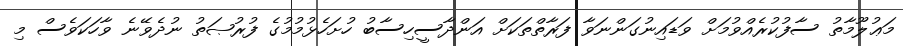
މަޢުލޫމާތު ސާފުކުރެއްވުމަށް ވަޑައިނުގަންނަވާ ފަރާތްތަކަށް އަންދާސީހިސާބު ހުށަހެޅުމުމުގެ ފުރުޞަތު ނުދެވޭނެ ވާހަކަވެސް މި